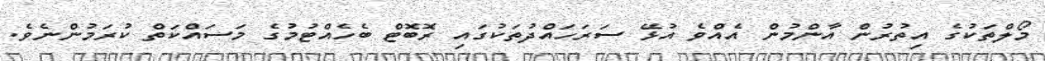
މޯލްތަކުގެ އިތުރުން އާންމުން އެއްވެ އުޅޭ ސަރަހައްދުތަކުގައި ރޮބޮޓް ބެހެއްޓުމުގެ މަސައްކަތް ކުރަމުންނެވެ.